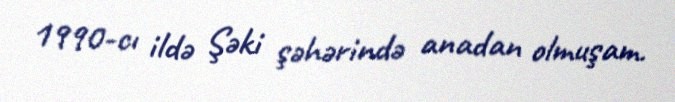
1990-cı ildə Şəki şəhərində anadan olmuşam.